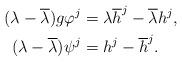
LaTeX: \begin{align*} (\lambda - \overline{\lambda})g \varphi^{j} &= \lambda \overline{h}^{j} - \overline{\lambda} h^{j} , \\(\lambda - \overline{\lambda}) \psi^{j} &= h^{j} - \overline{h}^{j}.\end{align*}